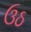
ઉઠ